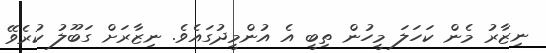
ނިޒާރު މެން ކަހަލަ މީހުން ތިބީ އެ އުންމީދުގައެވެ. ނިޒާރަށް ގަބޫލު ކުރެވޭ